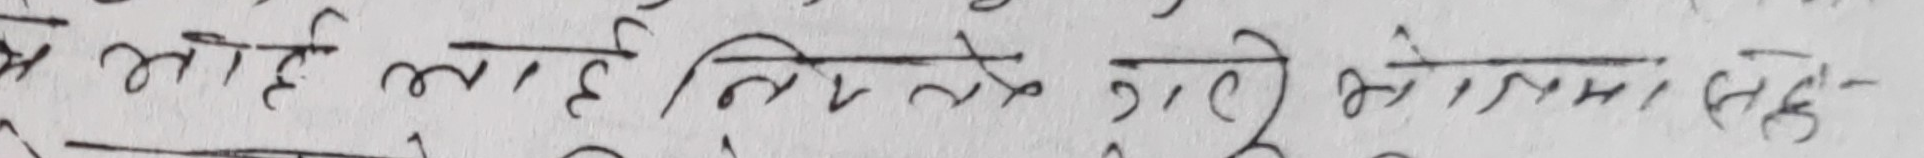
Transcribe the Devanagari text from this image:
के आए लाहे नित्याइ गयो कोठिमा सेके